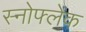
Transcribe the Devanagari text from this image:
स्नोफ्लेक